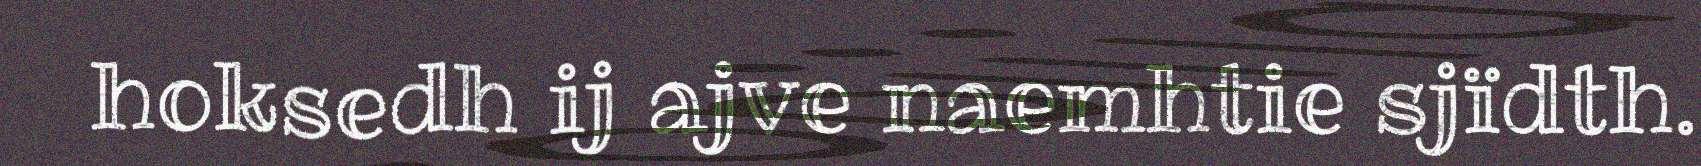
hoksedh ij ajve naemhtie sjïdth.